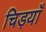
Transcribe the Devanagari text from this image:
चिड़याँ